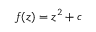
f ( z ) = z ^ { 2 } + c